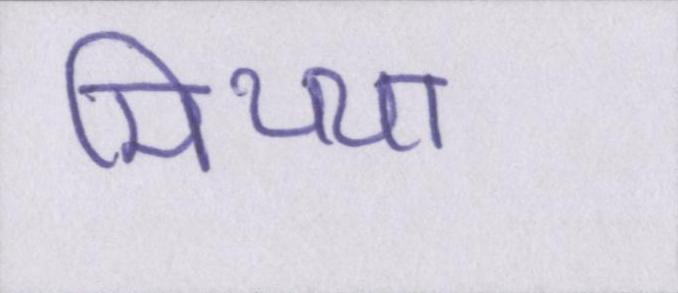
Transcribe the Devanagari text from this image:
मिथ्या